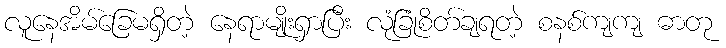
လူနေအိမ်ခြေမရှိတဲ့ နေရာမျိုးရှာပြီး လုံခြုံစိတ်ချရတဲ့ စနစ်ကျကျ ဓာတု